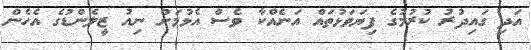
އަދި ގައިދުރު ކުރުމުގެ ފިޔަވަޅުތައް އަނެއްކާ ވެސް އެޅުމަށް ނިއު ޒީލެންޑުގެ އެހެން